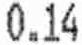
0.14